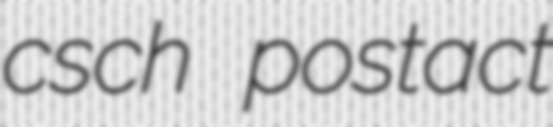
csch postact